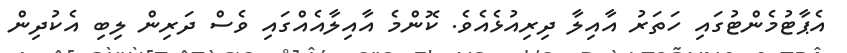
އެޕާޓުމެންޓުގައި ހަތަރު އާއިލާ ދިރިއުޅެއެވެ. ކޮންމެ އާއިލާއެއްގައި ވެސް ދަރިން ލިބި އެކުދިން